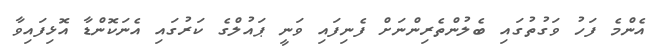
އެންމެ ފަހު ވަގުތުގައި ބެލުންތެރިންނަށް ފެނިފައި ވަނީ ޕައުލްގެ ކަރުގައި އެނަކޮންޑާ އޮޅިފައިވާ